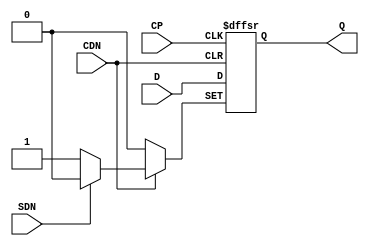
// This program was cloned from: https://github.com/chipsalliance/aib-phy-hardware
// License: Apache License 2.0

// SPDX-License-Identifier: Apache-2.0
// Copyright (C) 2019 Intel Corporation. 
module aibcr3_ff_rp ( 
	input wire CP,
	input wire CDN,
	input wire SDN,
	input wire D,
	output reg Q
);

always@(posedge CP or negedge CDN or negedge SDN) begin
	if (!CDN) begin
		Q <= 1'b0;
	end
	else if (!SDN) begin
		Q <= 1'b1;
	end
	else begin
		Q <= D;
	end
end
endmodule